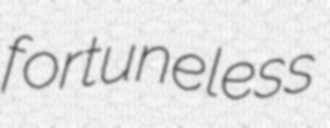
fortuneless